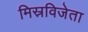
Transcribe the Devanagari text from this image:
मिस्रविजेता